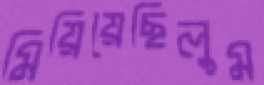
মিয়িয়েছিলুম